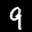
Label: 9